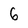
Character: 6